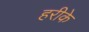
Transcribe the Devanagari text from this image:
हरीके